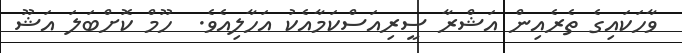
ވާހަކައިގެ ތެރެއިން އަޝްރާ ސީރިއަސްކަމާއެކު އަހާލިއެވެ.  ހޫމް ކޮށްބަލަ އަޝޫ